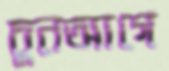
চুনআগে